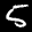
Label: 5